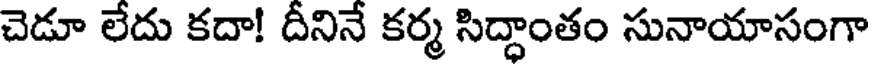
చెడూ లేదు కదా! దీనినే కర్మ సిద్ధాంతం సునాయాసంగా